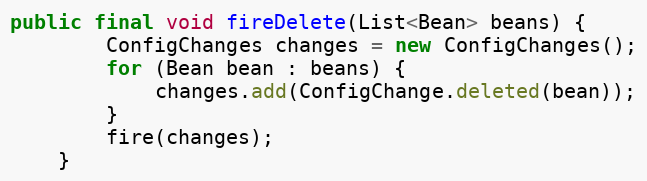
Language: Java
public final void fireDelete(List<Bean> beans) {
        ConfigChanges changes = new ConfigChanges();
        for (Bean bean : beans) {
            changes.add(ConfigChange.deleted(bean));
        }
        fire(changes);
    }